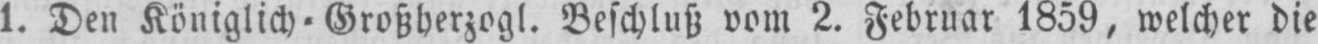
1. Den Königlich⸗Großherzogl. Beschluß vom 2. Februar 1859, welcher die